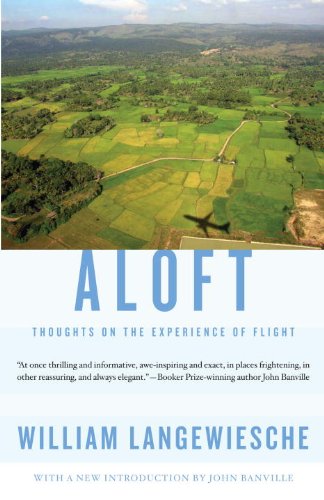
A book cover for Aloft (Vintage Departures); William Langewiesche; Travel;